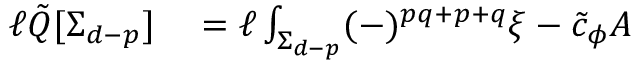
\begin{array} { r l } { \ell \tilde { Q } [ \Sigma _ { d - p } ] } & { { } = \ell \int _ { \Sigma _ { d - p } } ( - ) ^ { p q + p + q } \xi - \tilde { c } _ { \phi } A } \end{array}